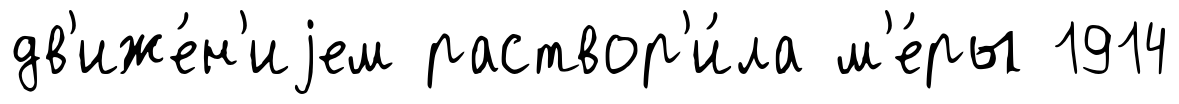
дв'иже́н'иjем раствор'и́ла м'е́ры 1914